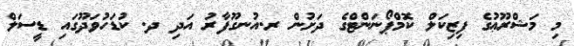
މި މަޝްރޫޢުގެ ފިޒިކަލް ކޮމްޕޯނަންޓްގެ ދަށުން ރ.އުނގޫފާރު އަދި ދ. ކުޑަހުވަދޫގައި ޑީސަލް